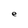
Character: e